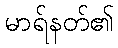
မာရ်နတ်၏